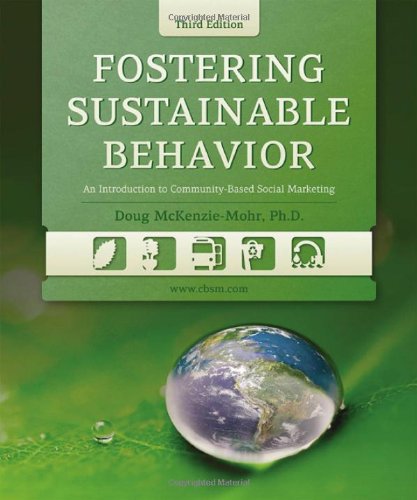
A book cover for Fostering Sustainable Behavior: An Introduction to Community-Based Social Marketing; Doug McKenzie-Mohr; Business & Money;